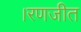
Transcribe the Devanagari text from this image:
।रणजीत